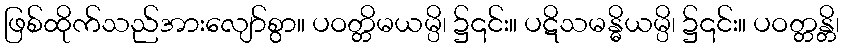
ဖြစ်ထိုက်သည်အားလျော်စွာ။ ပဝတ္တိမယမ္ပိ၊ ၌၎င်း။ ပဋိသမန္ဓိယမ္ပိ၊ ၌၎င်း။ ပဝတ္တန္တိ၊